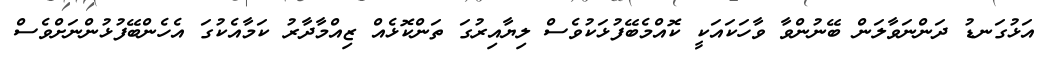
އަޅުގަނޑު ދަންނަވާލަން ބޭނުންވާ ވާހަކައަކީ ކޮއްމެބޭފުޅަކުވެސް ލިޔާއިރުގަ ތަންކޮޅެއް ޒިއްމާދާރު ކަމާއެކުގަ އެހެންބޭފުޅުންނަށްވެސް